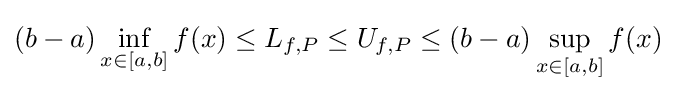
(b-a)\inf _{x\in [a,b]}f(x)\leq L_{f,P}\leq U_{f,P}\leq (b-a)\sup _{x\in [a,b]}f(x)